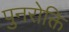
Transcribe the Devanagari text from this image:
पुनरोक्ति